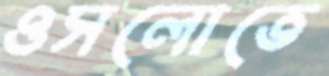
ওসলোতে